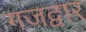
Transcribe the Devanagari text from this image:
गजद्वार